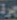
جرة